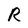
Character: R